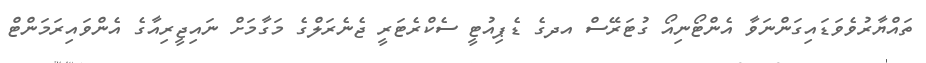
ތައްޔާރުވެވަޑައިގަންނަވާ އެންޓޯނިއޯ ގުޓަރޭސް އދގެ ޑެޕިއުޓީ ސެކްރެޓަރީ ޖެނެރަލްގެ މަގާމަށް ނައިޖީރިއާގެ އެންވައިރަމަންޓް